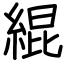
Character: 緄